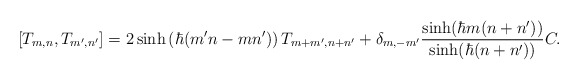
\begin{align*}[ T_{m,n}, T_{m', n'} ]= 2 \sinh \left( \hbar ( m'n - mn' ) \right) T_{m + m', n + n'} + \delta_{m, -m'} \frac{\sinh ( \hbar m ( n + n' ) )}{\sinh ( \hbar ( n + n' ) )} C. \end{align*}